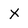
Character: X